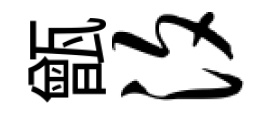
甑汐